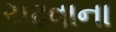
ચઢવાના